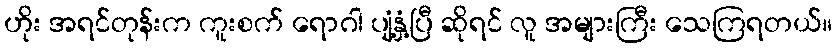
ဟိုး အရင်တုန်းက ကူးစက် ရောဂါ ပျံ့နှံ့ပြီ ဆိုရင် လူ အများကြီး သေကြရတယ်။